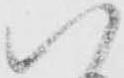
八